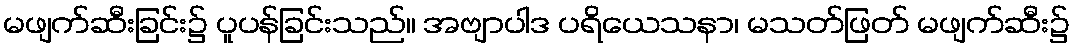
မဖျက်ဆီးခြင်း၌ ပူပန်ခြင်းသည်။ အဗျာပါဒ ပရိယေသနာ၊ မသတ်ဖြတ် မဖျက်ဆီး၌